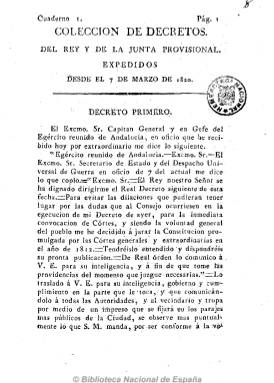
Título: Colección de decretos del Rey y de la Junta Provisional ...
Colección: Derecho || Historia
Ámbito geográfico: Madrid
Lugar de publicación: Madrid
Fechas: 07/03/1820-07/03/1820

Un único cuaderno de marzo de 1820 que recopila una serie de los textos legales de Fernando VII, como los decretos de la inmediata convocatoria de elecciones a Cortes y a ayuntamientos constitucionales, jura real de de la Constitución de 1812 y juramento de la Junta Provisional y supresión de la Inquisición, entre otros, algunos de ellos dirigidos a los capitanes generales, además del Manifiesto del Rey a la Nación.